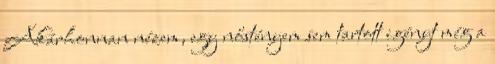
Akárhonnan nézem, egy nőstényem sem tartott igényt még a